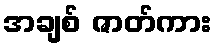
အချစ် ဇာတ်ကား